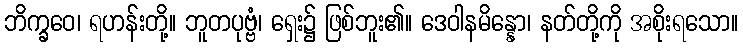
ဘိက္ခဝေ၊ ရဟန်းတို့။ ဘူတပုဗ္ဗံ၊ ရှေး၌ ဖြစ်ဘူး၏။ ဒေဝါနမိန္နော၊ နတ်တို့ကို အစိုးရသော။